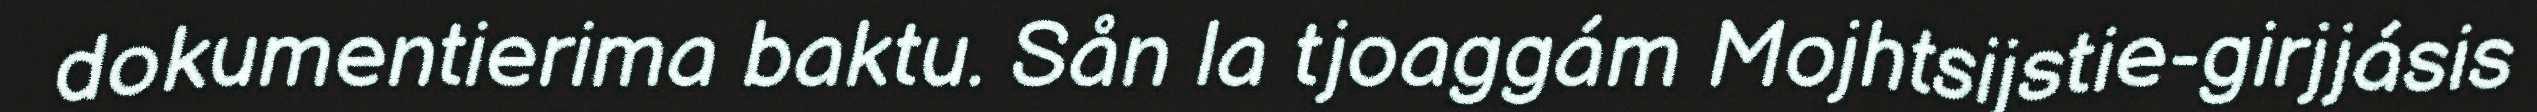
dokumentierima baktu. Sån la tjoaggám Mojhtsijstie-girjjásis